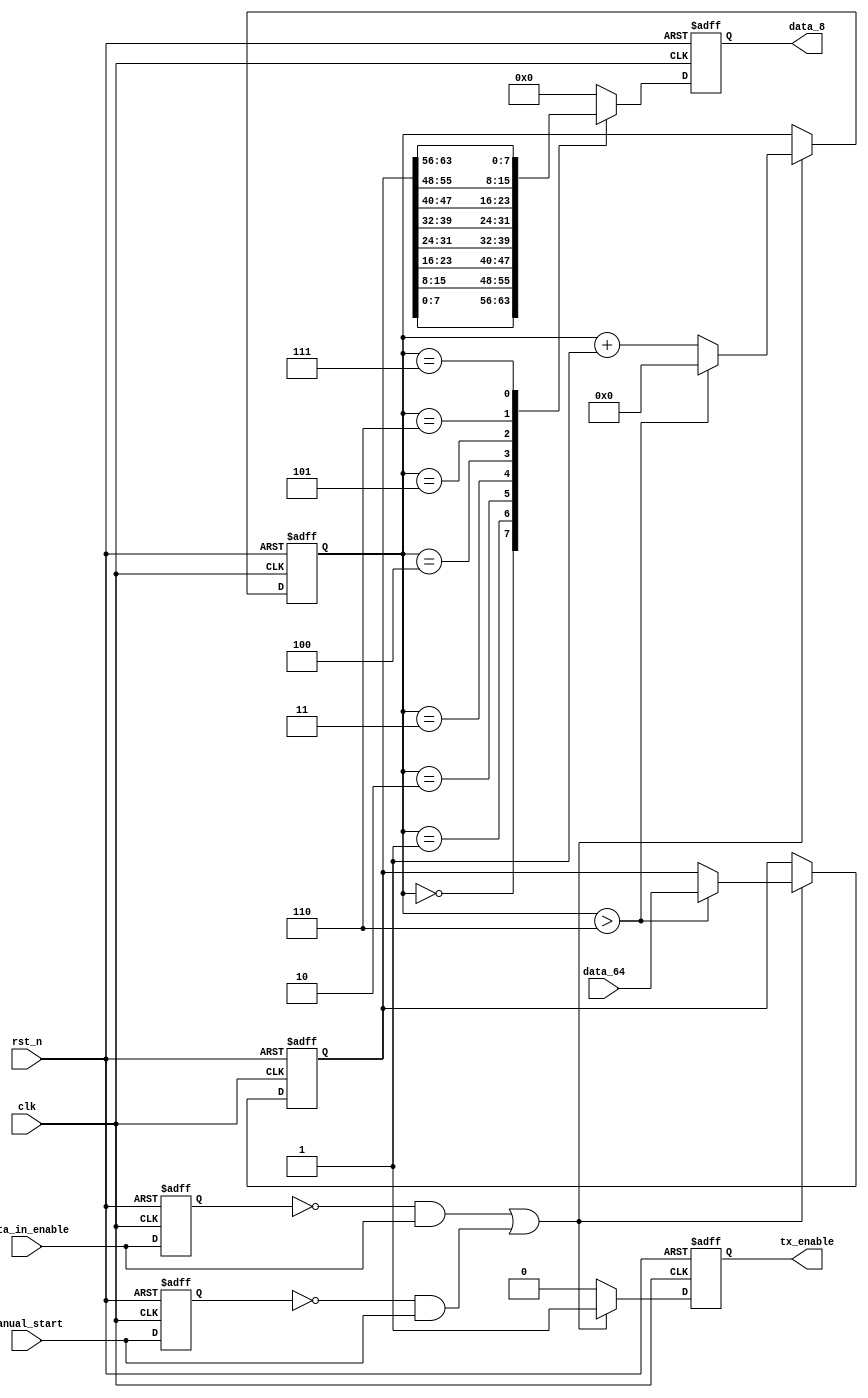
`timescale 1ns/1ps

/*  64  8   */

module data_in_64_to_8 (output reg [7:0] data_8,   // 8
                        output reg tx_enable,      // tx
                        input wire clk,            // 
                        input wire rst_n,          // 
                        input wire [63:0] data_64, // 64
                        input wire data_in_enable, // 8
                        input wire manual_start);  // 

/*  */
reg [63:0] data;      // 
reg [3:0] state;      // 
reg data_in_enable_1; // 8
reg manual_start_1;   // 

/*  */
wire start_flag; // 8

// start_flag8
// 88tx
assign start_flag = (((~data_in_enable_1) & data_in_enable) || ((~manual_start_1) & manual_start));

always @(posedge clk or negedge rst_n) begin
    if (!rst_n) begin
        data_in_enable_1 <= 1'b0;
        manual_start_1   <= 1'b0;
    end
    else begin
        data_in_enable_1 <= data_in_enable;
        manual_start_1   <= manual_start;
    end
end

/*  */
always @(posedge clk or negedge rst_n) begin
    if (!rst_n) begin
        state <= 4'd8;
        data  <= 64'd0;
    end
    else if (start_flag) begin  // 
        if (state > 4'd6) begin // 
            state <= 4'd0;      // 
            data  <= data_64;   // 64
        end
        else begin
            state <= state + 1'b1; // 1
            data  <= data;
        end
    end
    else begin // 
        state <= state;
        data  <= data;
    end
end

/* 8 */
always @(posedge clk or negedge rst_n) begin
    if (!rst_n) begin
        data_8 <= 8'd0;
    end
    else begin
        case (state) // 
            4'd0:
            data_8 <= data[7:0]; // 648
            4'd1:
            data_8 <= data[15:8];
            4'd2:
            data_8 <= data[23:16];
            4'd3:
            data_8 <= data[31:24];
            4'd4:
            data_8 <= data[39:32];
            4'd5:
            data_8 <= data[47:40];
            4'd6:
            data_8 <= data[55:48];
            4'd7:
            data_8 <= data[63:56]; // 648
            default:
            data_8 <= 8'd0;
        endcase
    end
end

/* tx */
always @(posedge clk or negedge rst_n)  begin
    if (!rst_n) begin
        tx_enable <= 1'b0;
    end
    else if (start_flag) begin // tx8
        tx_enable <= 1'b1;     // txtx8
    end
    else begin
        tx_enable <= 1'b0;
    end
end
endmodule // data_in_64_to_8